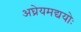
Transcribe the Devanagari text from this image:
अघ्रेयमद्ययोः